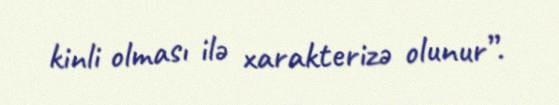
kinli olması ilə xarakterizə olunur”.